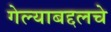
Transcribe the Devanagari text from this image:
गेल्याबद्दलचे